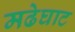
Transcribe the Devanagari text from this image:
मढेघाट